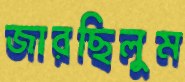
জারছিলুম